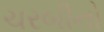
ચરબીનો